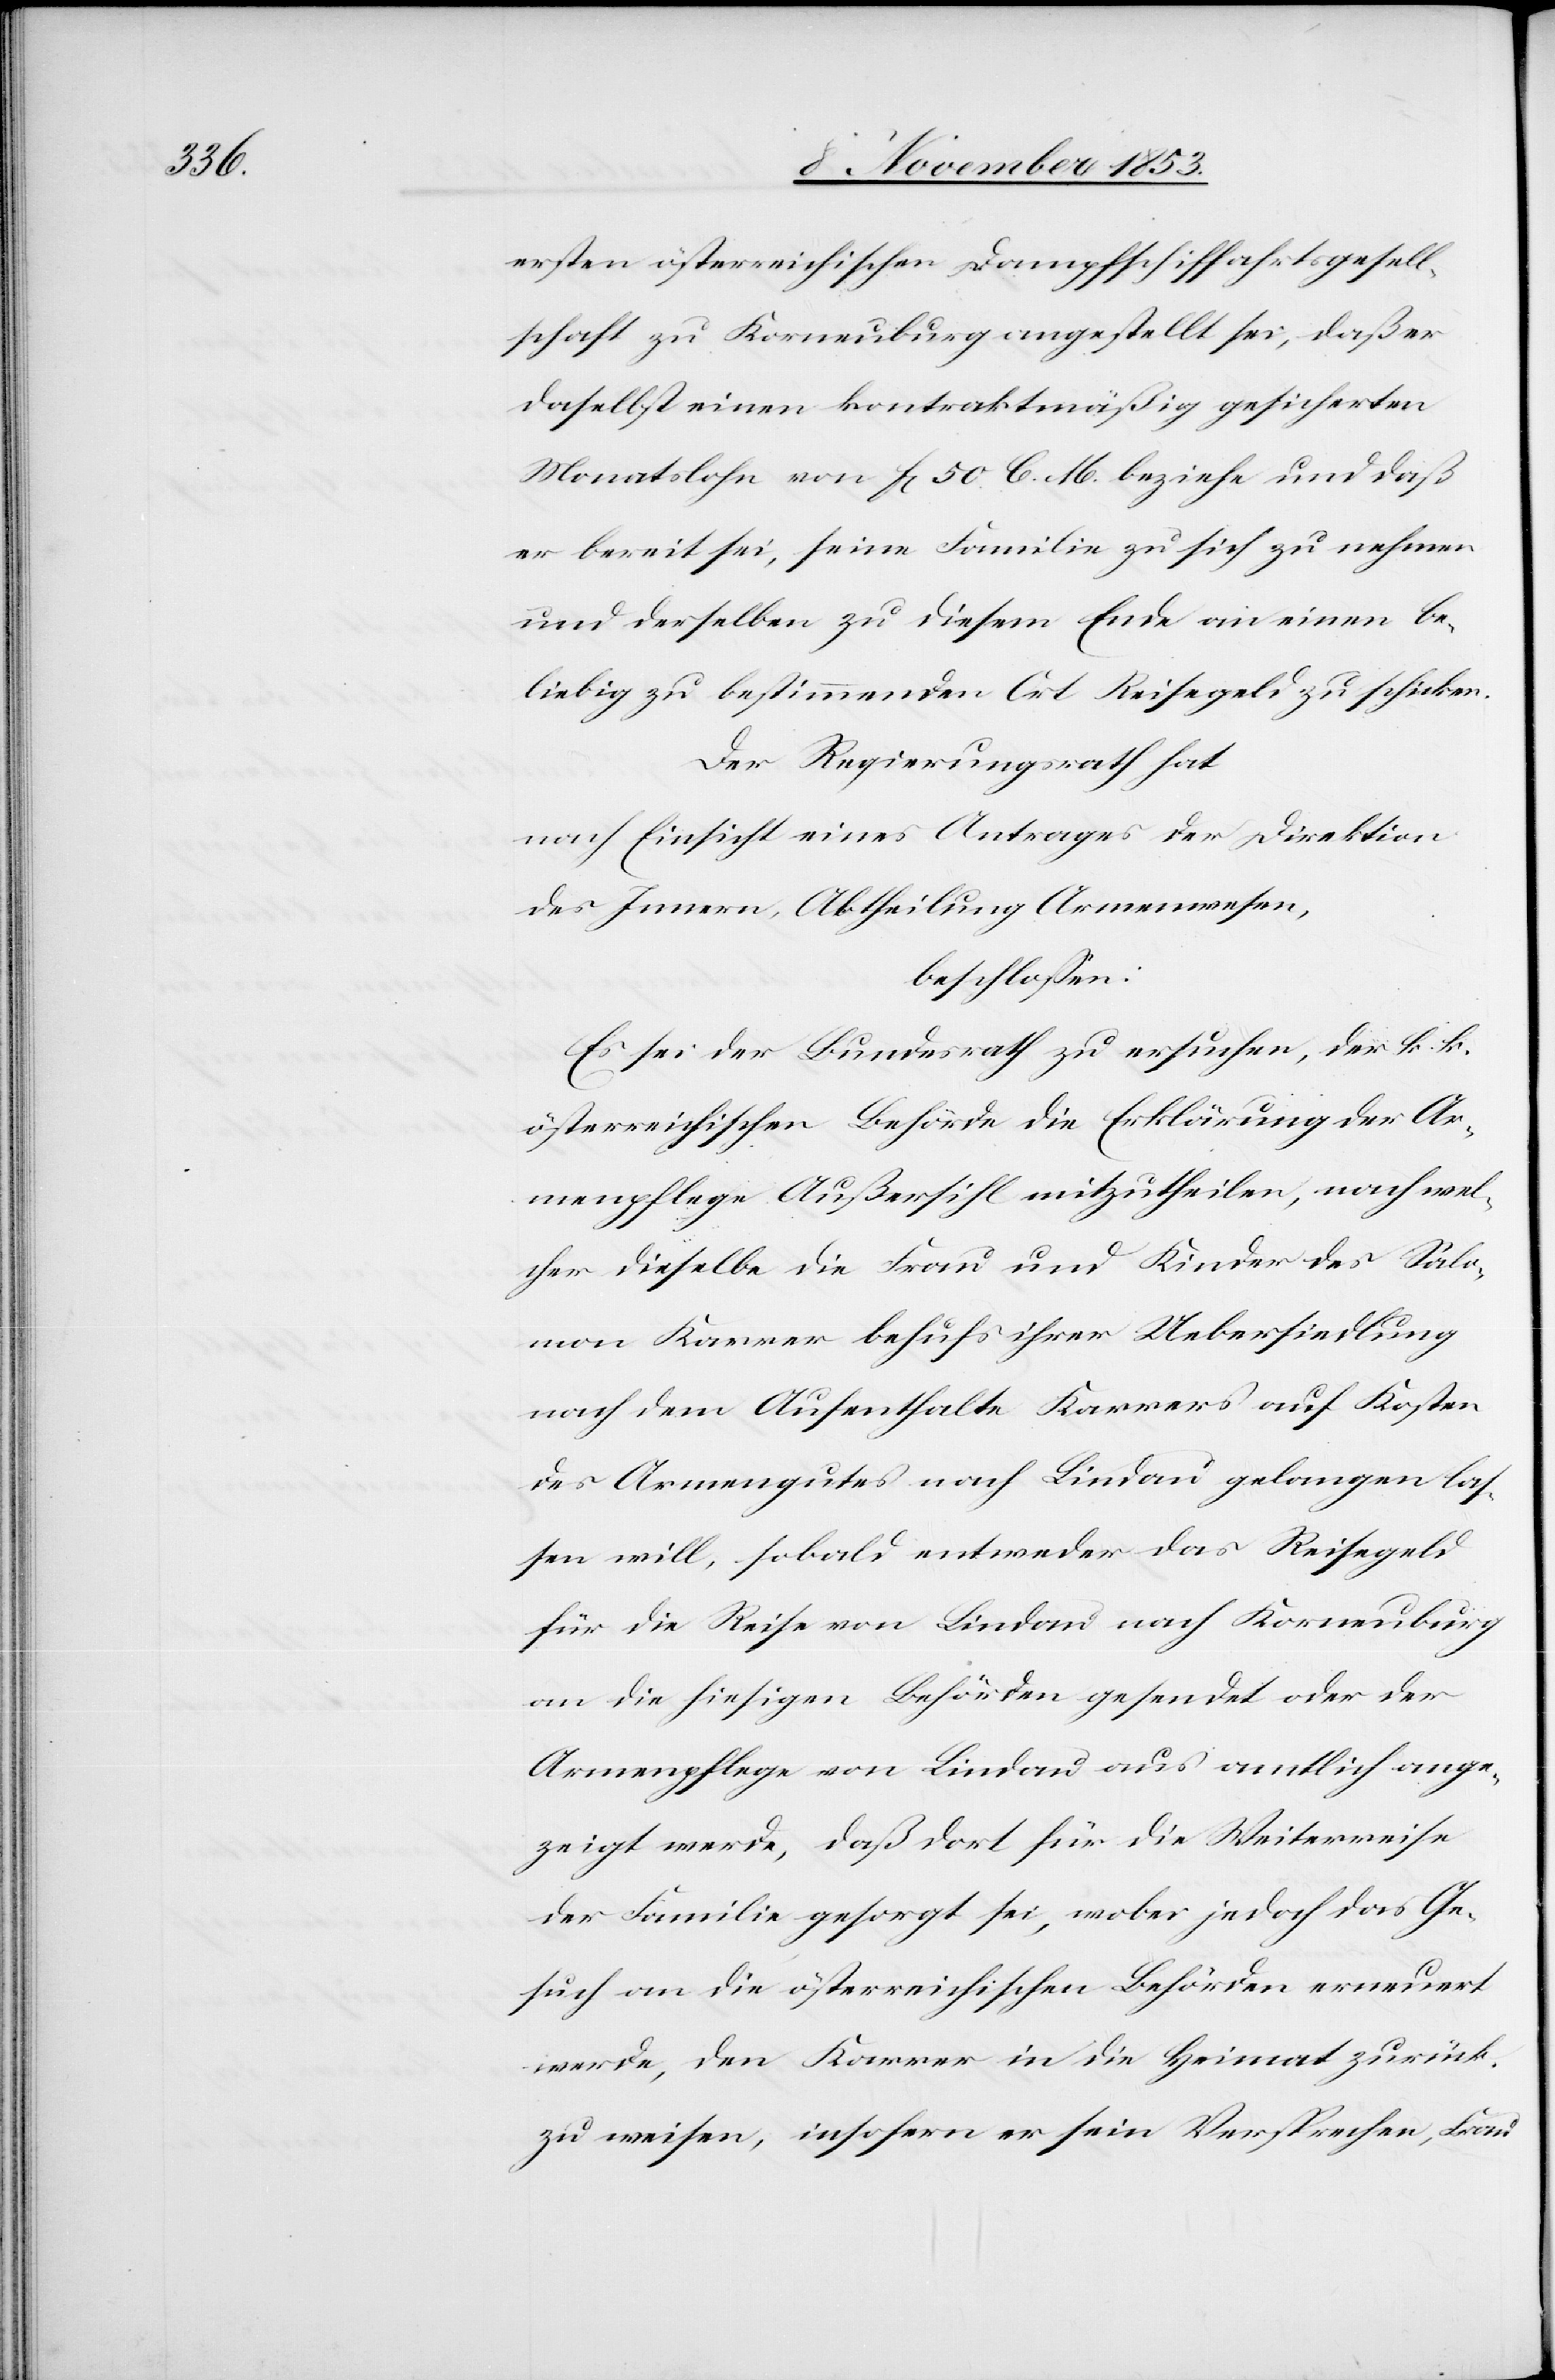
ersten österreichischen Dampfschifffahrtsgesell¬
schaft zu Korneuburg angestellt sei, daß er
daselbst einen kontraktmäßig gesicherten
Monatslohn von fr. 50 C. 16 beziehe und daß
er bereit sei, seine Familie zu sich zu nehmen
und derselben zu diesem Ende an einem be¬
liebig zu bestimmenden Ort Reisegeld zu schicken.
Der Regierungsrath hat
nach Einsicht eines Antrages der Direktion
beschloßen:
Es sei der Bundesrath zu ersuchen, der k. k.
österreichischen Behörde die Erklärung der Ar¬
menpflege Außersihl mitzutheilen, nach wel¬
cher dieselbe die Frau und Kinder des Salo¬
mon Karrer behufs ihrer Uebersiedlung
nach dem Aufenthalte Karrers auf Kosten
des Armengutes nach Lindau gelangen las¬
sen will, sobald entweder das Reisegeld
für die Reise von Lindau nach Korneuburg
an die hiesigen Behörden gesendet oder der
Armenpflege von Lindau aus amtlich ange¬
zeigt werde, daß dort für die Weiterreise
der Familie gesorgt sei, wobei jedoch das Ge¬
such an die österreichischen Behörden erneuert
werde, den Karrer in die Heimat zurück
zu weisen, insofern er sein Versprechen, Frau